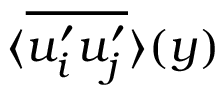
\textlangle \overline { { u _ { i } ^ { \prime } u _ { j } ^ { \prime } } } \textrangle ( y )